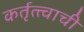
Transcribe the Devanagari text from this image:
कर्तृत्त्वाची